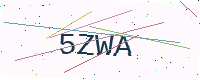
Text: 5ZWA